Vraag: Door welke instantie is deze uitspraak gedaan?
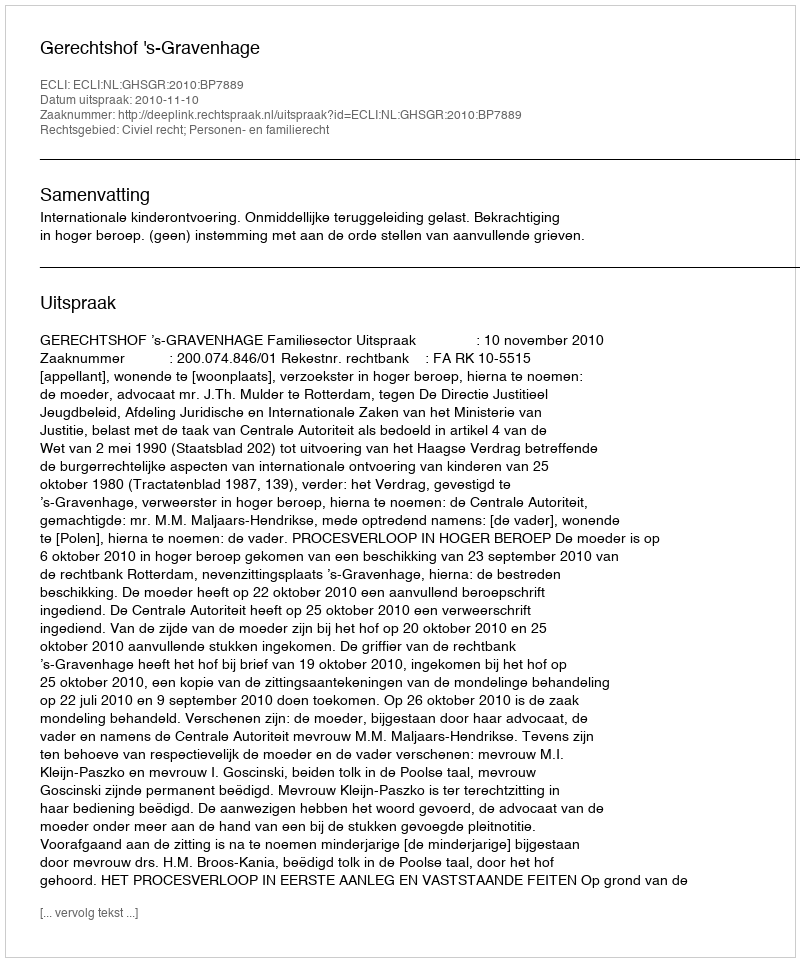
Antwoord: Gerechtshof 's-Gravenhage